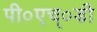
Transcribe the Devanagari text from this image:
पी०एच्०डी